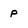
Character: p